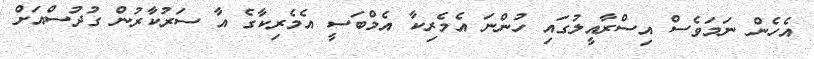
އެހެން ނަމަވެސް އިސްރާއީލުގައި ހުންނަ އެމެރިކާ އެމްބަސީ އެމެރިކާގެ އާ ސަރުކާރުން ގުދުސްއަށް